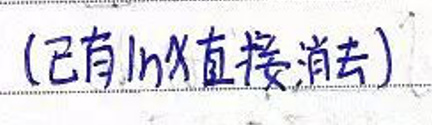
(已有\(\ln x\)直接消去)